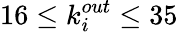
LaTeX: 16\leq k_{i}^{out}\leq 35